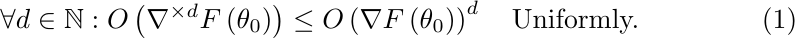
\begin{equation}
\forall
d\in\mathbb{N}:
O\left(\nabla^{\times d}F\left(\theta_{0}\right)\right)
\leq
O\left(\nabla F\left(\theta_{0}\right)\right)^{d}\quad\text{Uniformly.}
\label{eq:PGDML4}
\end{equation}